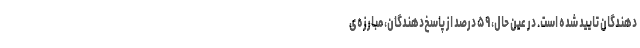
دهندگان تایید شده است. در عین حال، ۵۹ درصد از پاسخ‌دهندگان، مبارزه‌ی